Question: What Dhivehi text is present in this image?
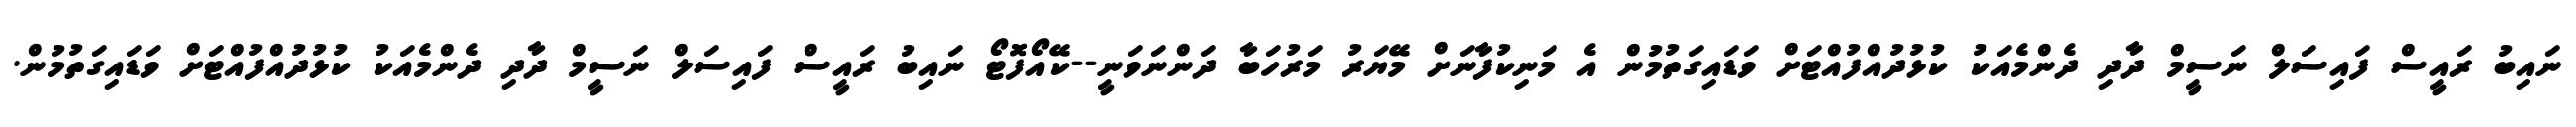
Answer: ނައިބު ރައީސް ފައިސަލް ނަސީމް ދާދި ދެންމެއަކު ކުޅުދުއްފުއްޓަށް ވަޑައިގަތުމުން އެ މަނިކުފާނަށް މޭޔަރު މަރުހަބާ ދަންނަވަނީ--ކޭއޯފޮޓޯ ނައިބު ރައީސް ފައިސަލް ނަސީމް ދާދި ދެންމެއަކު ކުޅުދުއްފުއްޓަށް ވަޑައިގަތުމުން.